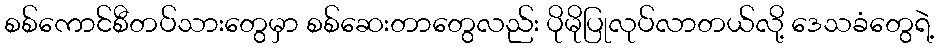
စစ်ကောင်စီတပ်သားတွေမှာ စစ်ဆေးတာတွေလည်း ပိုမိုပြုလုပ်လာတယ်လို့ ဒေသခံတွေရဲ့